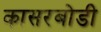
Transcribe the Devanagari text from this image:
कासरबोडी